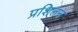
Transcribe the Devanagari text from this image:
प्रशितन